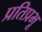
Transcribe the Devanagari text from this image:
प्रतिप्रभू